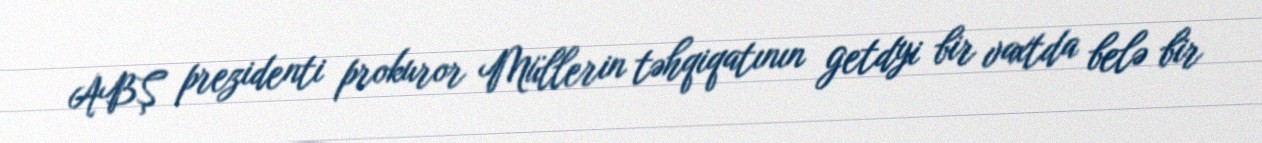
ABŞ prezidenti prokuror Müllerin təhqiqatının getdyi bir vaxtda belə bir